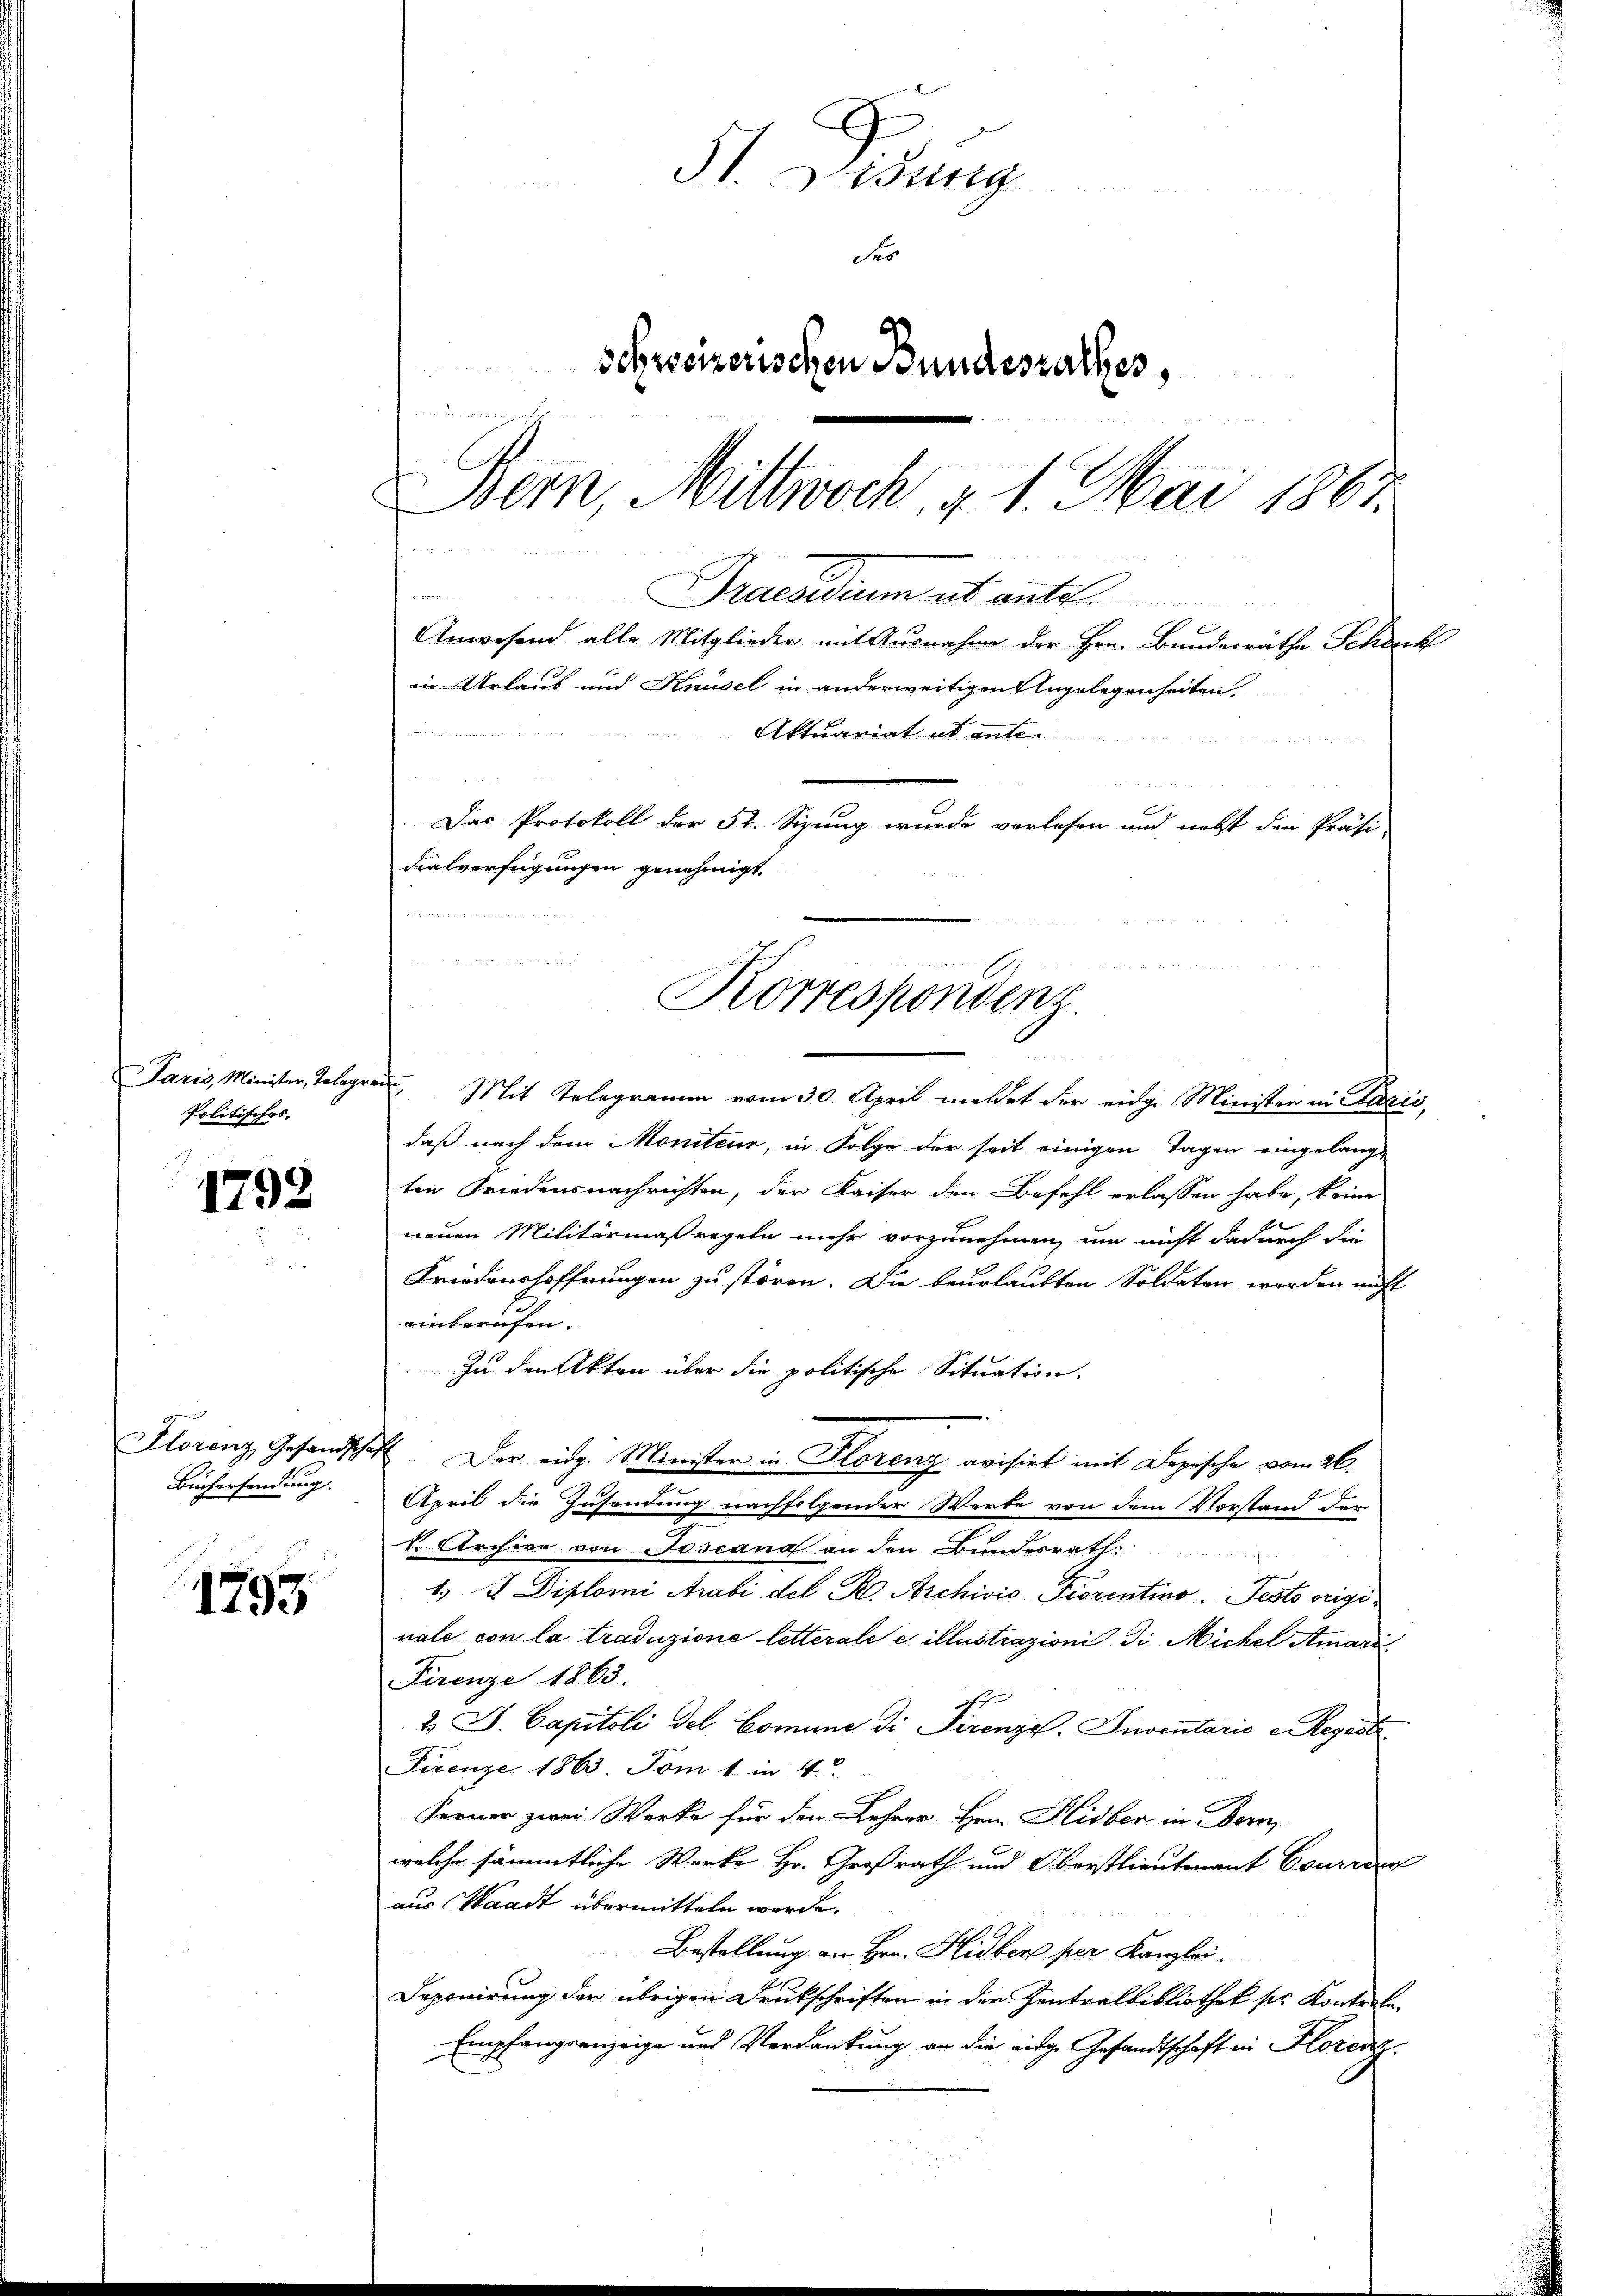
Politisches.

1792

Florenz Gesandsch
Büchersendung.

1793.

Das Protokoll der 52. Sizung wurde verlesen und nebst den Präsi-
Fialverfügungen genehmigt.

e
Korrespondenz.

St. Gesung
Ser
Schweizerischen Bundesrathes,
Bern, Mittwoch. §. 1. Mai 1861
u
Praesidium ab antil¬
Anwesend alle Mitglieder mit Ausnahme der Hrn. Bunderräthe Schenk
in Urlaub und Knüsel in anderweitigen Angelegenheiten.
Aktuariat ab anten

Paris, Minister, Tologram Mit Telegramm vom 30. April meldet der eidg. Minister in Lazić,
daß nach dem Moniteur, in Folge der seit einigen Tagen eingelangt
ten Friedensnachrichten, der Kaiser den Befehl erlassen habe, keine
neuen Militärmaßregeln mehr vorzunehmen, um nicht dadurch die
Friedenshoffnungen zu stören. Die beurlaubten Soldaten worden nicht
einberufen.
Zu den Akten über die politische Situation.
Ich. Der eidg. Minister in Florenz avisirt mit Depesche vom 26.
April die Zusendung nachfolgender Werte von dem Vorstand der
1. Archive von Joscana an den Bundesrath
1. u Diplomi Arabi del R. Archivio Prorentino, Pesto originale con la traduzione litterale e illustrazioni di Michel Amari
Firenze 1863.
iht
2 D. Capitali del Comune di Pirenze. Inventario e Registe
Fuenze 1863. Tom 1 in 4
Ferner zwei Werke für den Lehrer Hrn. Hidber in Bern
welche sämmtliche Werke Hr. Großrath und Oberstlieutenant Couerden
aus Waadt übermitteln werde.
Bestellung von Hrn. Hidberg per Kanzlei.
Daponirung der übrigen Druckschriften in der Zentralbibliothek sr Kontes
Empfangsanzeige und Verdankung an die eidge Gesandtschaft in Florenz